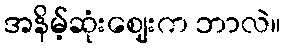
အနိမ့်ဆုံးဈေးက ဘာလဲ။